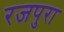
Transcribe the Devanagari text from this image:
रजपुरा